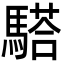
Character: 𩥠